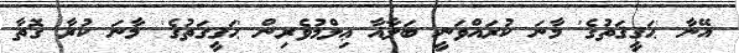
އޭނާ 'ޙަޤީޤަތުގެ' މާނަ ކުރައްވަނީ ބަލާޣާ ޢިލްމުވެރިން 'ޙަޤީޤަތުގެ' މާނަ ކުރާ ގޮތާ